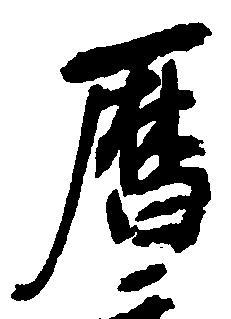
暦